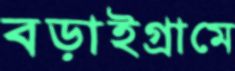
বড়াইগ্রামে